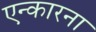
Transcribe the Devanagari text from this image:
एन्कारना